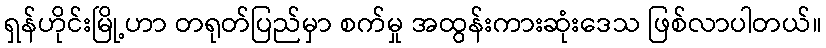
ရှန်ဟိုင်းမြို့ဟာ တရုတ်ပြည်မှာ စက်မှု အထွန်းကားဆုံးဒေသ ဖြစ်လာပါတယ်။